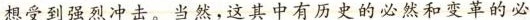
想受到强烈冲击。当然，这其中有历史的必然和变革的必